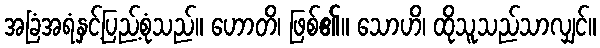
အခြံအရံနှင့်ပြည့်စုံသည်။ ဟောတိ၊ ဖြစ်၏။ သောဟိ၊ ထိုသူသည်သာလျှင်။